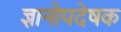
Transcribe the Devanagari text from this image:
ज्ञानोपदेषक